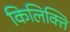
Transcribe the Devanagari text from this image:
किलिक्ति